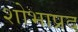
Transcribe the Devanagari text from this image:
शोभाप्रद